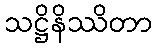
သဋ္ဌိနိဿိတာ